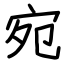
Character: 宛